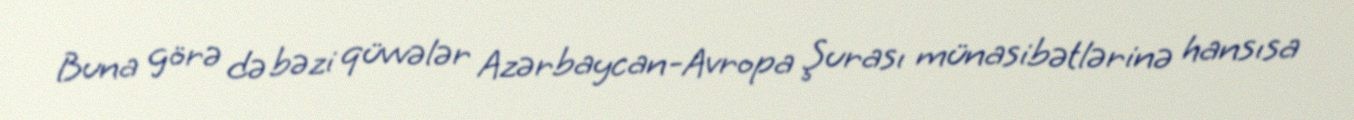
Buna görə də bəzi qüvvələr Azərbaycan-Avropa Şurası münasibətlərinə hansısa